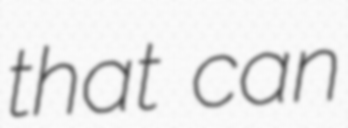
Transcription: that can